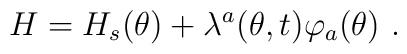
H=H_s(\theta)+\lambda ^a(\theta,t) \varphi _a(\theta )\ .